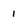
Character: 1